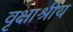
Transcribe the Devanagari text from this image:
वृक्षाश्रीय